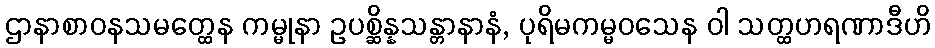
ဌာနာစာဝနသမတ္ထေန ကမ္မုနာ ဥပစ္ဆိန္နသန္တာနာနံ, ပုရိမကမ္မဝသေန ဝါ သတ္ထဟရဏာဒီဟိ